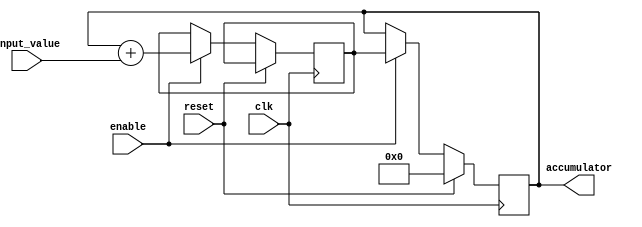
module fixed_point_accumulator (
    input wire clk,
    input wire reset,
    input wire enable,
    input wire [15:0] input_value,
    output reg [31:0] accumulator
);

reg [31:0] temp_sum;

always @(posedge clk) begin
    if (reset) begin
        accumulator <= 0;
    end else if (enable) begin
        temp_sum <= accumulator + input_value;
        accumulator <= temp_sum;
    end
end

endmodule